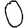
Digit: 0